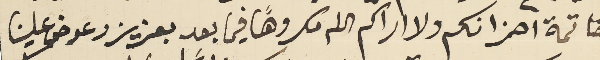
خاتمة احزانكم ولا اراكم الله مكروهًا فيما بعد بعزيز وعوض علينا